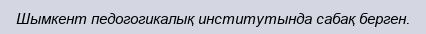
Шымкент педогогикалық институтында сабақ берген.